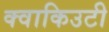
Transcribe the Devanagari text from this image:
क्वाकिउटी